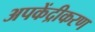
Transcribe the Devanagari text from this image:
अपकेंद्रीकरण